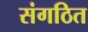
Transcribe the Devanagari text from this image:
संगठित